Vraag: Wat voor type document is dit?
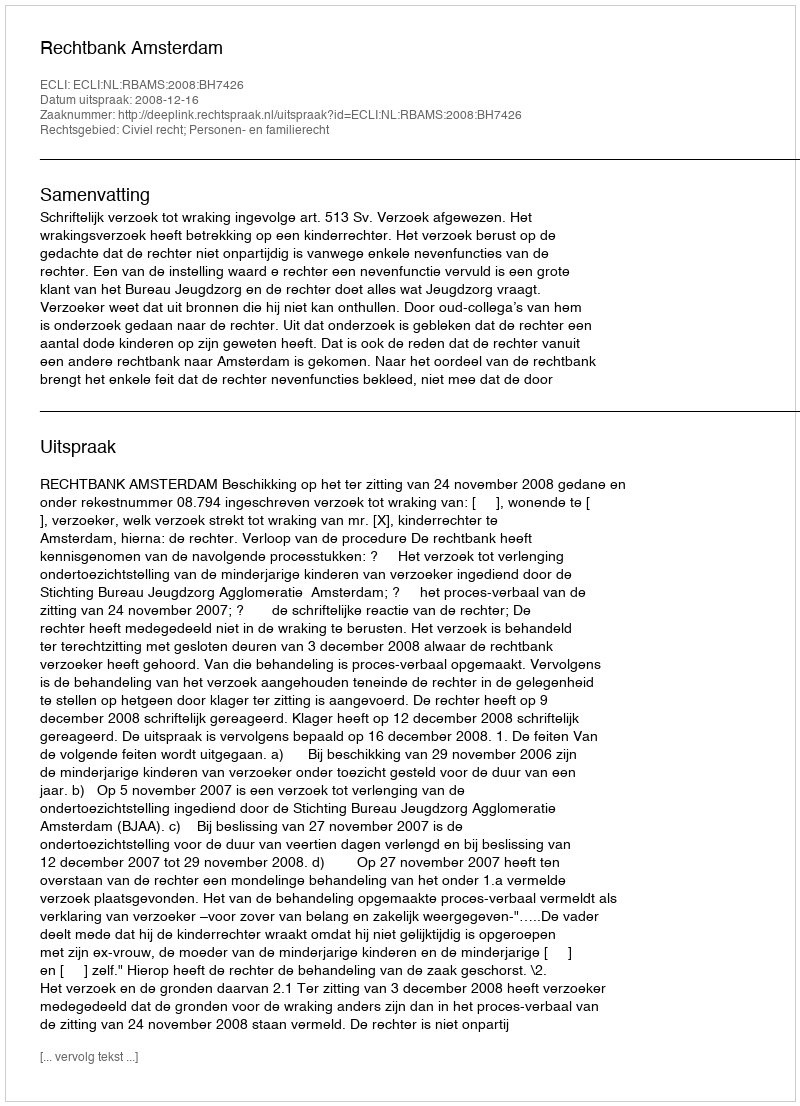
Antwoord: Uitspraak